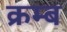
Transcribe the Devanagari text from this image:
क्रम्ब